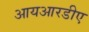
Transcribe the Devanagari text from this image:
आयआरडीए